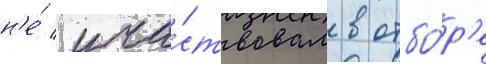
н'е́ уча́ствовал в отбо́р'е